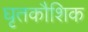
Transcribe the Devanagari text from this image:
घृतकौशिक